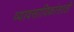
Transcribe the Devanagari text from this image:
व्यावसायिकांसाठी